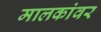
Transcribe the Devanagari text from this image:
मालकांवर